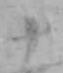
十